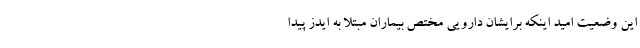
این وضعیت امید اینکه برایشان دارویی مختص بیماران مبتلا به ایدز پیدا